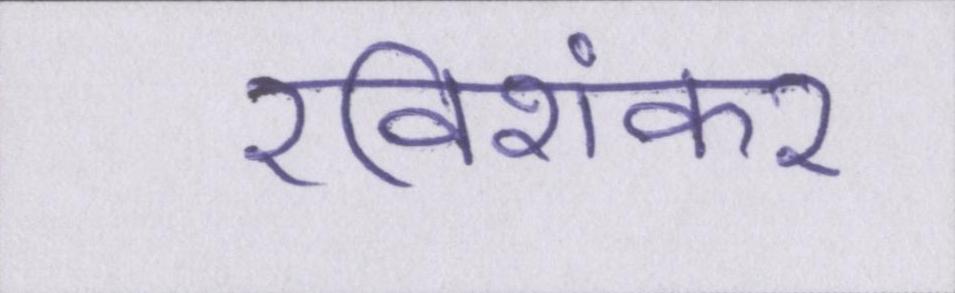
रविशंकर